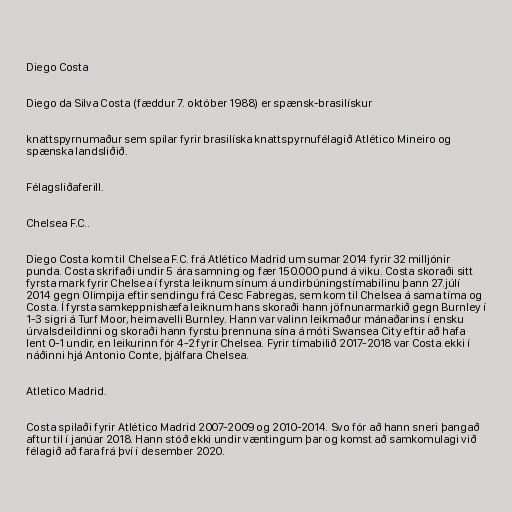
Diego Costa

Diego da Silva Costa (fæddur 7. október 1988) er spænsk-brasilískur

knattspyrnumaður sem spilar fyrir brasilíska knattspyrnufélagið Atlético Mineiro og
spænska landsliðið.

Félagsliðaferill.

Chelsea F.C..

Diego Costa kom til Chelsea F.C. frá Atlético Madrid um sumar 2014 fyrir 32 milljónir
punda. Costa skrifaði undir 5 ára samning og fær 150.000 pund á viku. Costa skoraði sitt
fyrsta mark fyrir Chelsea í fyrsta leiknum sínum á undirbúningstímabilinu þann 27.júlí
2014 gegn Olimpija eftir sendingu frá Cesc Fabregas, sem kom til Chelsea á sama tíma og
Costa. Í fyrsta samkeppnishæfa leiknum hans skoraði hann jöfnunarmarkið gegn Burnley í
1-3 sigri á Turf Moor, heimavelli Burnley. Hann var valinn leikmaður mánaðarins í ensku
úrvalsdeildinni og skoraði hann fyrstu þrennuna sína á móti Swansea City eftir að hafa
lent 0-1 undir, en leikurinn fór 4-2 fyrir Chelsea. Fyrir tímabilið 2017-2018 var Costa ekki í
náðinni hjá Antonio Conte, þjálfara Chelsea.

Atletico Madrid.

Costa spilaði fyrir Atlético Madrid 2007-2009 og 2010-2014. Svo fór að hann sneri þangað
aftur til í janúar 2018. Hann stóð ekki undir væntingum þar og komst að samkomulagi við
félagið að fara frá því í desember 2020.